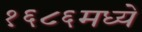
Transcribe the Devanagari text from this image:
१६८६मध्ये